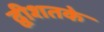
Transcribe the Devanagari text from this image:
द्वीशतके